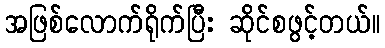
အဖြစ်လောက်ရိုက်ပြီး ဆိုင်စဖွင့်တယ်။